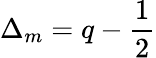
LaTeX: \Delta_{m}=q-\frac{1}{2}